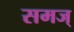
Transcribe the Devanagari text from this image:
समज्